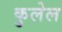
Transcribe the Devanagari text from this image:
कुलेल